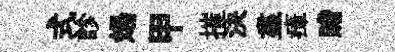
式診煬甲摧決盡瘴贍